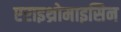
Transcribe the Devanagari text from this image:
एराइथ्रोमाइसिन